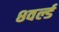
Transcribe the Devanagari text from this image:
८वर्ल्ड